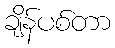
ချိန်ပစ်တာ